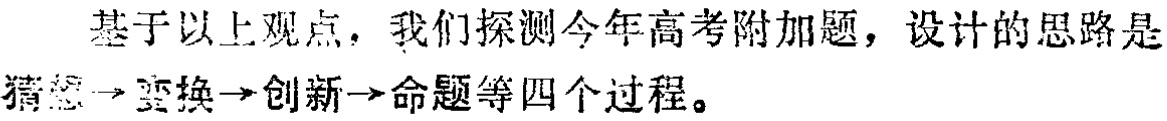
基于以上观点，我们探测今年高考附加题，设计的思路是猜想→变换→创新→命题等四个过程。